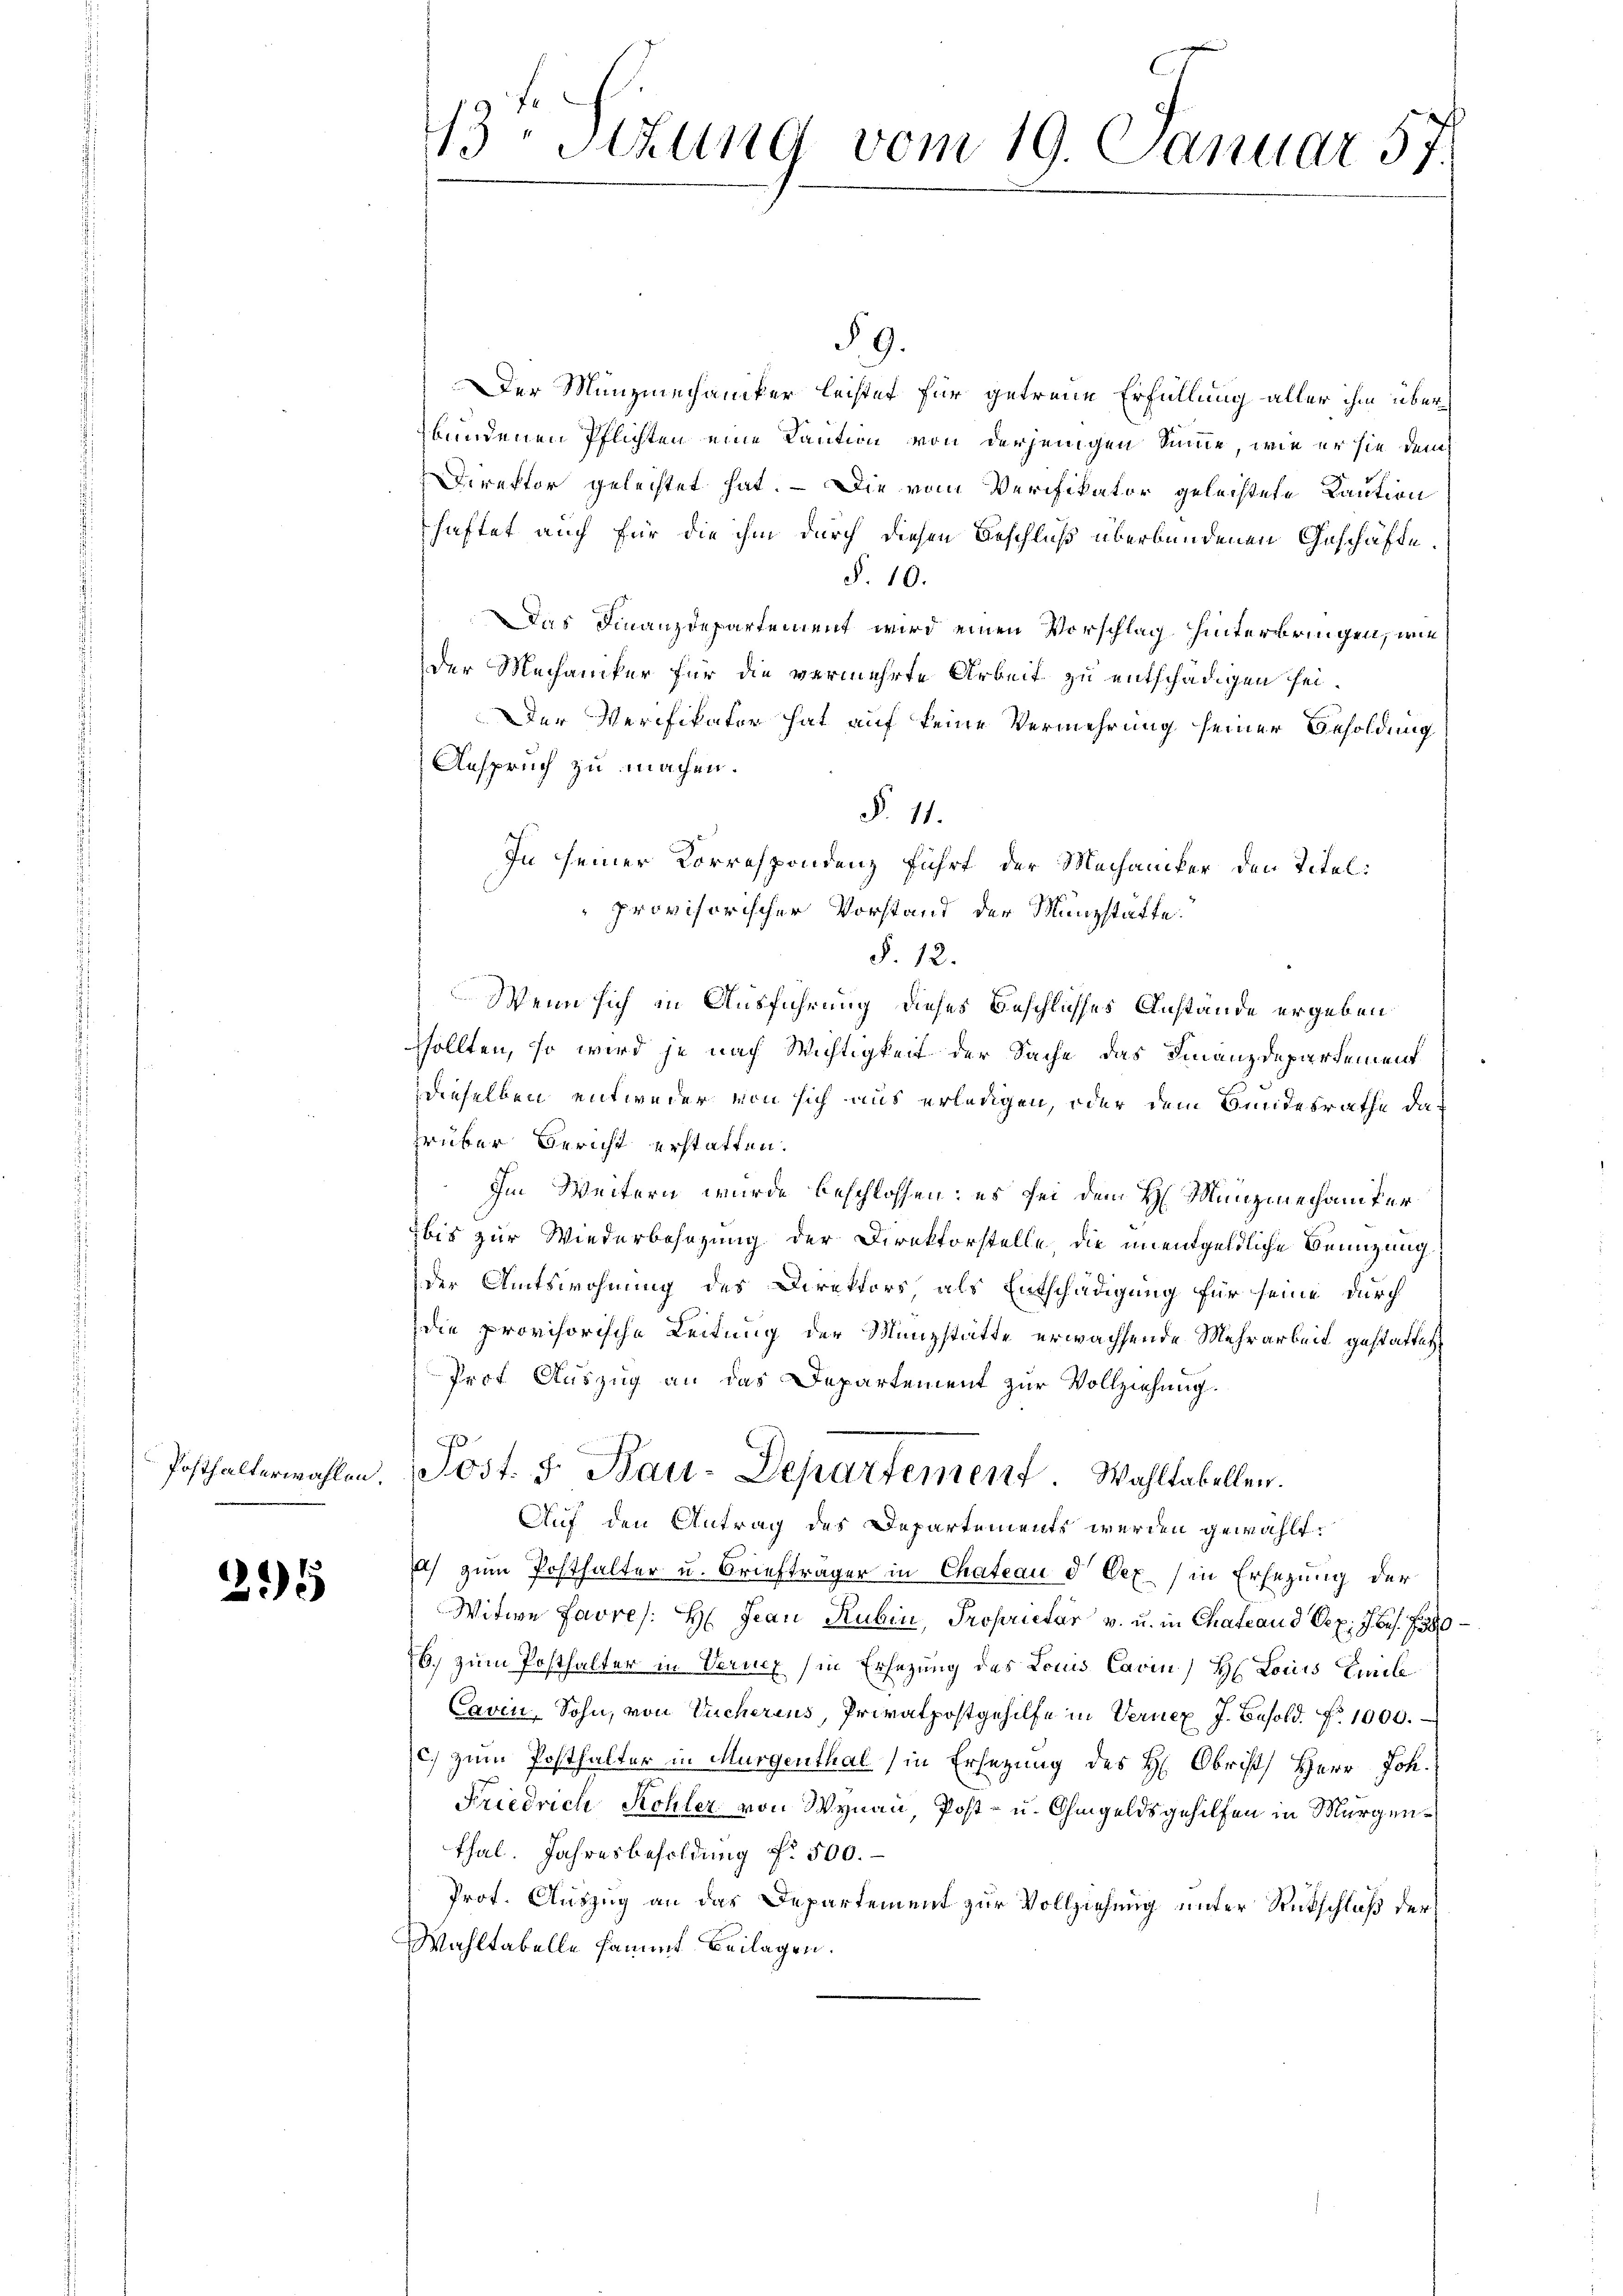
235

§ 9.
Der Munziechaniker leistet für getreue Erfüllung aller ihm überbundenen Pflichten eine Kaution von derjenigen Summe, wie er sie dem¬
Direktor geleistet hat. — Die vom Verifikator geleistete Caution
haftet auch für die ihm durch diesen Beschluß überbundenen Geschäfte,
§. 10.
Das Finanzdepartement wird einen Vorschlag hinterbringen, wie
der Mechaniker für die vermehrte Arbeit zu entschädigen sei.
Der Verifikater hat auf keine Vermehrung seiner Besoldung
Anspruch zu machen.
§. 11.
In seiner Korrespondenz führt der Mechaniker den Titel:
provisorischer Vorstand der Münzstätte.
§. 12.
Wenn sich in Ausführung dieses Beschlusses Anstände ergeben
sollten, so wird je nach Wichtigkeit der Sache das Finanzdepartement
dieselben entweder von sich aus erledigen, oder dem Bundesrathe da
Grüber Bericht erstatten.
. Im Weitern wurde beschlossen: es sei dem H. Munziechaniker
bis zur Wiederbesezung der Direktorstelle die unentgeldliche Benuzung.
der Amtswohnung des Direktors als Entschädigung für seine durch
die provisorische Leitung der Münzstätte erwachsende Mehrarbeit gestattet
Prof. Auszug an das Departement zur Vollziehung.
.
Posthalterwahlen. Post. F. Bau-Departemen Wahltabellen.
Auf den Antrag des Departements werden gewählt.
a) zum Posthalter u. Briefträger in Chateau d Eex) in Erlegung der
Witwe Favres: H: Jean Rubin, Proprietar v. u. in Chateau d Oep. 7 bes. 1380
6.) zum Posthalter in Veruch (in Ersezung des Louis Cavin) H Lois Emil
Cavin, Sohn, von Tucherens, Privatpostgehilfe in Vernex J. Besold. No 1000.
c. zum Posthalter in Murgenthal (in Ersetzung des H: Obrist Herr Joh.
Friedrich Kohler von Wynau, Post- u. Ohmgeldsgehilfen in Morgen¬
Thal. Jahresbesoldung Nr 500.
Prot. Auszug an das Departement zur Vollziehung unter Rückschluß der
Wahltabelle sammt Beilagen.

13. Stzung vom 19. Januar 57.